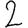
Digit: 2